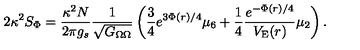
2 \kappa ^ { 2 } S _ { \Phi } = { \frac { \kappa ^ { 2 } N } { 2 \pi g _ { s } } } { \frac { 1 } { \sqrt { G _ { \Omega \Omega } } } } \left( { \frac { 3 } { 4 } } { e ^ { 3 \Phi ( r ) / 4 } } \mu _ { 6 } + { \frac { 1 } { 4 } } { \frac { e ^ { - \Phi ( r ) / 4 } } { V _ { \mathrm { E } } ( r ) } } \mu _ { 2 } \right) .